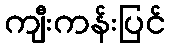
ကျီးကန်းပြင်